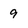
Character: 9